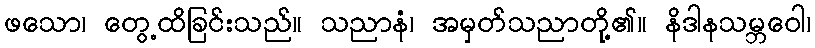
ဖသော၊ တွေ့ထိခြင်းသည်။ သညာနံ၊ အမှတ်သညာတို့၏။ နိဒါနသမ္ဘဝေါ၊